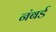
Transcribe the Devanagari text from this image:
नंबर्ड